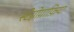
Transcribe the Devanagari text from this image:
स्टेग्नोग्राफ़िया